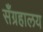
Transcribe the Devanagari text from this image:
सँग्रहालय